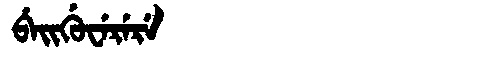
Manchu: ᠪᡝᡳᡤᡠᠸᡝᡵᡝᡵᡝ
Romanization: BEIGUWERERE